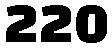
220